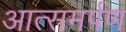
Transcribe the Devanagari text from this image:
आत्समर्पण